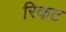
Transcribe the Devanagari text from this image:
रिकट